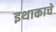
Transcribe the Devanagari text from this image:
इथाकाचे